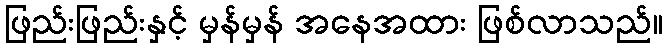
ဖြည်းဖြည်းနှင့် မှန်မှန် အနေအထား ဖြစ်လာသည်။